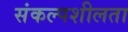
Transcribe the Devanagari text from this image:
संकल्पशीलता